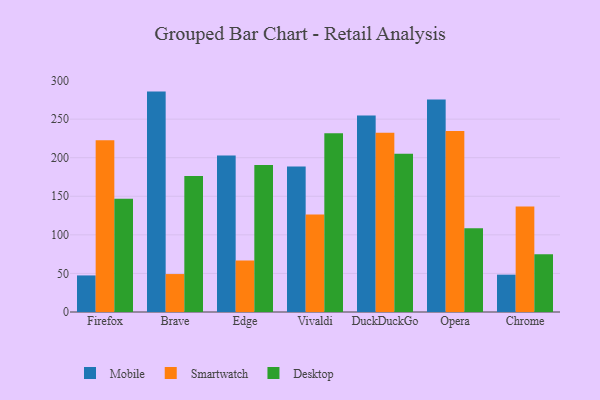
{"axis": {"x": "Browser", "y": "Gross Profit (USD K)"}, "legend": ["Desktop", "Mobile", "Smartwatch"], "data": [{"x": "Firefox", "y": 47.4, "type": "Mobile"}, {"x": "Firefox", "y": 222.7, "type": "Smartwatch"}, {"x": "Firefox", "y": 146.7, "type": "Desktop"}, {"x": "Brave", "y": 285.7, "type": "Mobile"}, {"x": "Brave", "y": 49.2, "type": "Smartwatch"}, {"x": "Brave", "y": 176.2, "type": "Desktop"}, {"x": "Edge", "y": 202.8, "type": "Mobile"}, {"x": "Edge", "y": 66.6, "type": "Smartwatch"}, {"x": "Edge", "y": 190.4, "type": "Desktop"}, {"x": "Vivaldi", "y": 188.6, "type": "Mobile"}, {"x": "Vivaldi", "y": 126.5, "type": "Smartwatch"}, {"x": "Vivaldi", "y": 231.8, "type": "Desktop"}, {"x": "DuckDuckGo", "y": 254.7, "type": "Mobile"}, {"x": "DuckDuckGo", "y": 232.5, "type": "Smartwatch"}, {"x": "DuckDuckGo", "y": 205.1, "type": "Desktop"}, {"x": "Opera", "y": 275.6, "type": "Mobile"}, {"x": "Opera", "y": 234.6, "type": "Smartwatch"}, {"x": "Opera", "y": 108.6, "type": "Desktop"}, {"x": "Chrome", "y": 48.4, "type": "Mobile"}, {"x": "Chrome", "y": 136.9, "type": "Smartwatch"}, {"x": "Chrome", "y": 75.0, "type": "Desktop"}]}